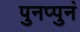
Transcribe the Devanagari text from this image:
पुनप्पुनं